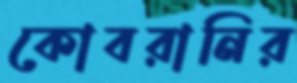
কোবরানির